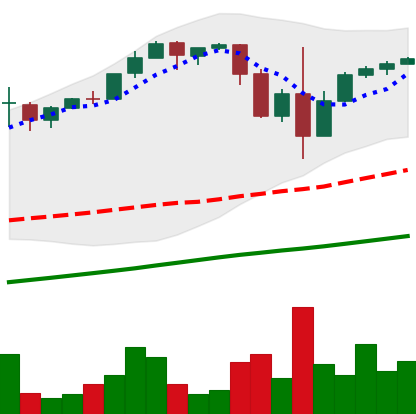
Ticker: BTC-USD
Chart end date: 2017-03-15
Forward return: -15.635%
Label: down_7plus